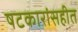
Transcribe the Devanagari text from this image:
षटकारांसहीत